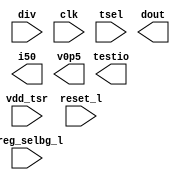
// ========== Copyright Header Begin ==========================================
// 
// OpenSPARC T1 Processor File: bw_tsr.v
// Copyright (c) 2006 Sun Microsystems, Inc.  All Rights Reserved.
// DO NOT ALTER OR REMOVE COPYRIGHT NOTICES.
// 
// The above named program is free software; you can redistribute it and/or
// modify it under the terms of the GNU General Public
// License version 2 as published by the Free Software Foundation.
// 
// The above named program is distributed in the hope that it will be 
// useful, but WITHOUT ANY WARRANTY; without even the implied warranty of
// MERCHANTABILITY or FITNESS FOR A PARTICULAR PURPOSE.  See the GNU
// General Public License for more details.
// 
// You should have received a copy of the GNU General Public
// License along with this work; if not, write to the Free Software
// Foundation, Inc., 51 Franklin St, Fifth Floor, Boston, MA 02110-1301, USA.
// 
// ========== Copyright Header End ============================================
module bw_tsr (/*AUTOARG*/
	vdd_tsr,
	div,
	clk,
	reset_l,
	tsel,
   	dout,
   	testio,
	i50,
	v0p5,
	vreg_selbg_l);

	input  vdd_tsr;
	input  [9:1] div;
	input  clk;
	input  reset_l;
	input  [7:0] tsel;
	input  vreg_selbg_l;

   	output [7:0] dout;
   	output [1:0] testio;
	output [7:0] i50;
	output v0p5;

    //synopsys translate_off

//	  integer     	temperature;
//	  reg		dout;
//	  reg		testio;
//	  reg		i50;
//	  reg		v0p5
//   
//	  always @(clk)
//	  begin
//	    dout = 255*(125 - temperature)/100;
//	  end

    //synopsys translate_on

endmodule